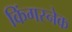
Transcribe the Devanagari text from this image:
किंगस्नेक